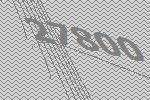
27800